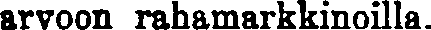
arvoon rahamarkkinoilla.